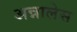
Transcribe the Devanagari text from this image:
अन्नालेस